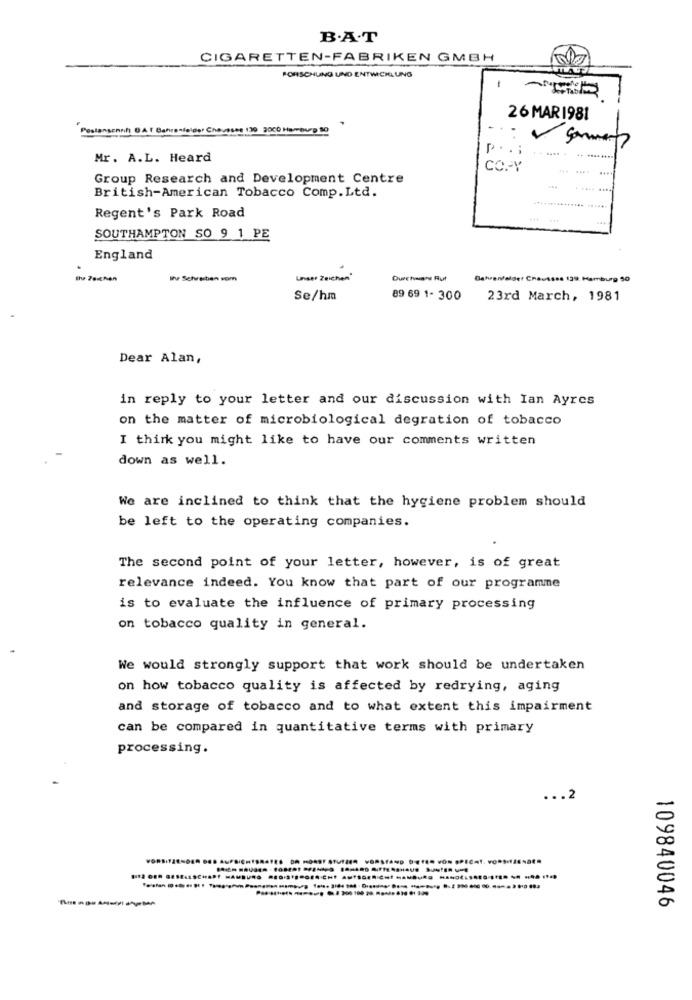
B.A.T
CIGARETTEN-FABRIKEN GMBH
FORSCHUNG UND ENTWICKLUNG
-
26 MAR 1981
Entity
enfelder Chaussee 130 2000 Hamburg 10
P ..;
Mr. A.L. Heard
CO .- Y
....
Group Research and Development Centre
....
. ...
British-American Tobacco Comp. Ltd.
Regent's Park Road
SOUTHAMPTON SO 9 1 PE
England
the 7sichen
Inve Schreiben vom
Unser Zeichen"
Durchwane Rut
Bahrenfalder Chausses 139, Hamburg 50
Se/hm
89 69 1- 300
23rd March, 1981
Dear Alan,
in reply to your letter and our discussion with Ian Ayres
on the matter of microbiological degration of tobacco
I think you might like to have our comments written
down as well.
We are inclined to think that the hygiene problem should
be left to the operating companies.
The second point of your letter, however, is of great
relevance indeed. You know that part of our programme
is to evaluate the influence of primary processing
on tobacco quality in general.
We would strongly support that work should be undertaken
on how tobacco quality is affected by redrying, aging
and storage of tobacco and to what extent this impairment
can be compared in quantitative terms with primary
processing.
... 2
--- ---- ---------- - - --
109840046